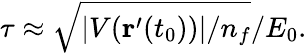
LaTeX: \tau\approx\sqrt{|V({\textbf{r}}^{\prime}(t_{0}))|/n_{f}}/E_{0}.